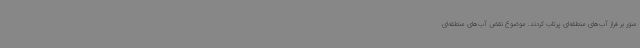
منور بر فراز آب‌های منطقه‌ای پرتاب کردند. موضوع نقض آب‌های منطقه‌ای